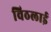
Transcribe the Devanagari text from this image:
विठलाई